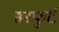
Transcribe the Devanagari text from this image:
हरफुर्ट